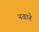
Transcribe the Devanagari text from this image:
नवाने